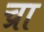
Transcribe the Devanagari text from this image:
च्रा